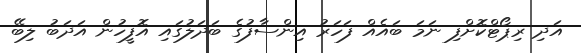
އަދި ރިޕޯޓްކޮށްފި ނަމަ ބައެއް ފަހަރު އިންސާފުގެ ބަދަލުގައި އޮފީހުން އަދަބު ލިބޭ